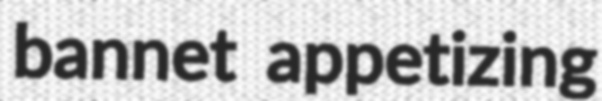
bannet appetizing